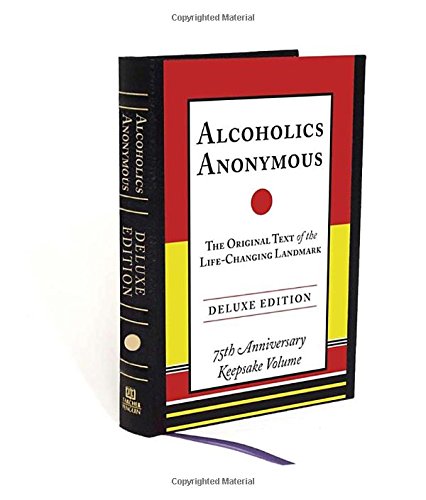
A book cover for Alcoholics Anonymous Deluxe Edition; Bill W.; Health, Fitness & Dieting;